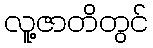
လူ့ဇာတိတွင်